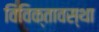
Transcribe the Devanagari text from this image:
विविक्तावस्था